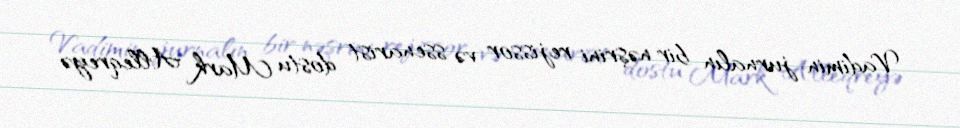
Vadimin jurnalın bir nəşrini rejissor və ssenarist dostu Mark Alleqreyə